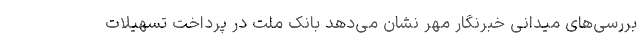
بررسی‌های میدانی خبرنگار مهر نشان می‌دهد بانک ملت در پرداخت تسهیلات